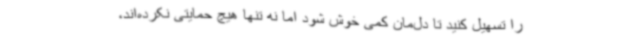
را تسهیل کنید تا دل‌مان کمی خوش شود اما نه تنها هیچ حمایتی نکرده‌اند،